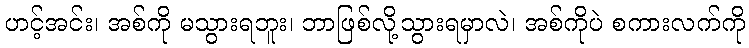
ဟင့်အင်း၊ အစ်ကို မသွားရဘူး၊ ဘာဖြစ်လို့သွားရမှာလဲ၊ အစ်ကိုပဲ စကားလက်ကို